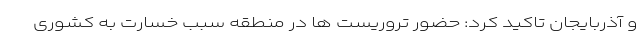
و آذربایجان تاکید کرد: حضور تروریست ها در منطقه سبب خسارت به کشوری